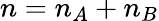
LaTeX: n=n_{A}+n_{B}